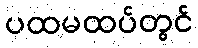
ပထမထပ်တွင်